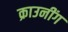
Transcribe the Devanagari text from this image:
क्राउनींग